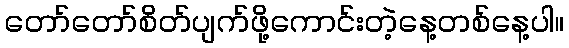
တော်တော်စိတ်ပျက်ဖို့ကောင်းတဲ့နေ့တစ်နေ့ပါ။